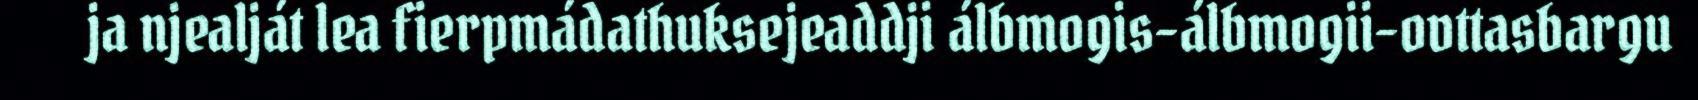
ja njealját lea fierpmádathuksejeaddji álbmogis-álbmogii-ovttasbargu